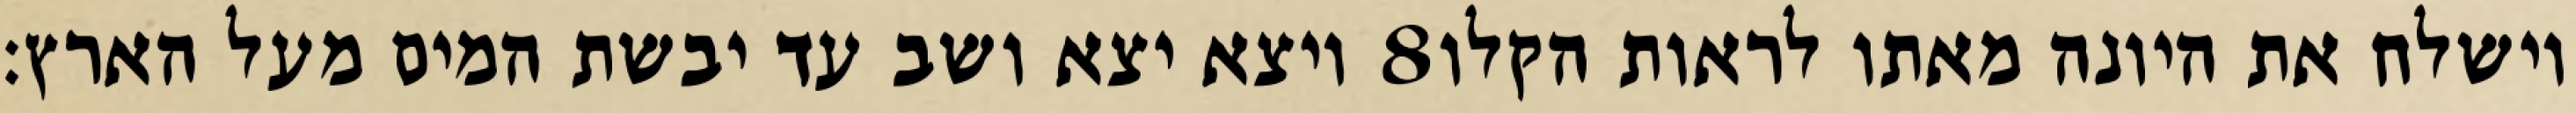
ויצא יצא ושב עד יבשת המים מעל הארץ׃ ‎8‏ וישלח את היונה מאתו לראות הקלו